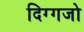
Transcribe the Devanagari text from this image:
दिग्गजो